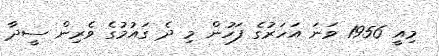
މިއީ 1956 ވަނަ އަހަރުގެ ފަހުން މި ދެ ގައުމުގެ ވެރިން ސީދާ